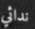
ندائي